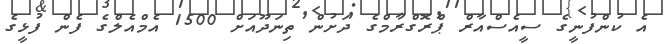
އެ ކުންފުނީގެ ސީއެސްއާރް ޕްރޮގްރާމްގެ ދަށުން ތިނަދޫއަށް 1500 އެމްއެލްގެ ފެން ފުޅީގެ